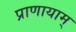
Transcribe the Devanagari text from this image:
प्राणायाम्